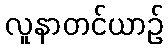
လူနာတင်ယာဉ်